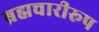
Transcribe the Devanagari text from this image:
ब्रह्मचारीरूप